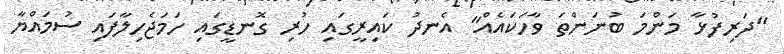
"ދަރިފުޅާ މަންމަ ބުނަންތަ ވާހަކައެއް" އެނދު ކައިރީގައި ހުރި ގޮނޑީގައި ހަމަޖެހިލާފައި ސުމައްޔާ